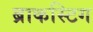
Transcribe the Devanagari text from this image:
ब्राकस्टिग